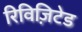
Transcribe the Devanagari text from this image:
रिविज़िटेड